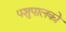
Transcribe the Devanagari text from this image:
पशुपालको